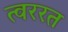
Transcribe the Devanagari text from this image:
त्वररत